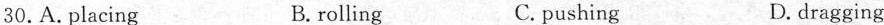
30.A. Placing B. rolling C. pushing D. dragging